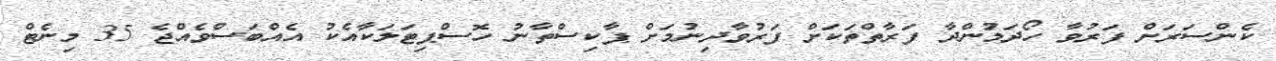
ކެންސަރަށް ފަރުވާ ހޯދަމުންދާ ފަރާތްތަކަށް ފަރުވާދިނުމަށް ޕާކިސްތާނު ހޮސްޕިޓަލަކާއެކު އެއްބަސްވެއްޖެ 35 މިނެޓް